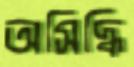
অসিদ্ধি